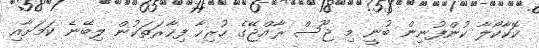
ކޮކާކޯލާ ކުންފުނިން ބުނީ މި ޖޫސް ރާއްޖޭގެ ހުރިހާ ފިހާރަތަކުން ލިބޭނެ ކަމަށާއި